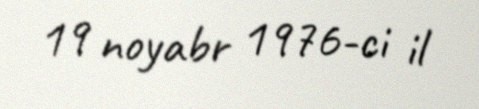
19 noyabr 1976-ci il